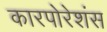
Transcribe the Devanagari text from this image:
कारपोरेशंस